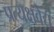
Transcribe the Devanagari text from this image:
प्रत्यक्षवेद्य